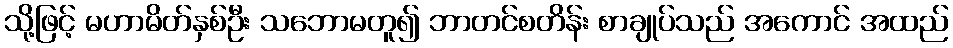
သို့ဖြင့် မဟာမိတ်နှစ်ဦး သဘောမတူ၍ ဘာတင်စတိန်း စာချုပ်သည် အကောင် အထည်